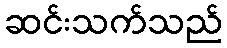
ဆင်းသက်သည်